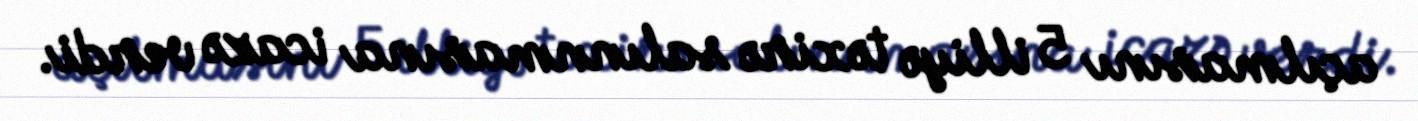
açılmasını 5 illiyə təxirə salınnmasına icazə verdi.